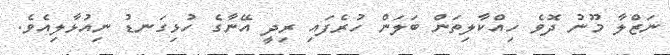
ނަޒްލާ މޫނު ދޮވެ ހިއްކާލިތަން ބަލަން ހުރެފައި ރިދީ އޭނާގެ ހުޅިގަނޑު ނިއުޅާލިއެވެ.